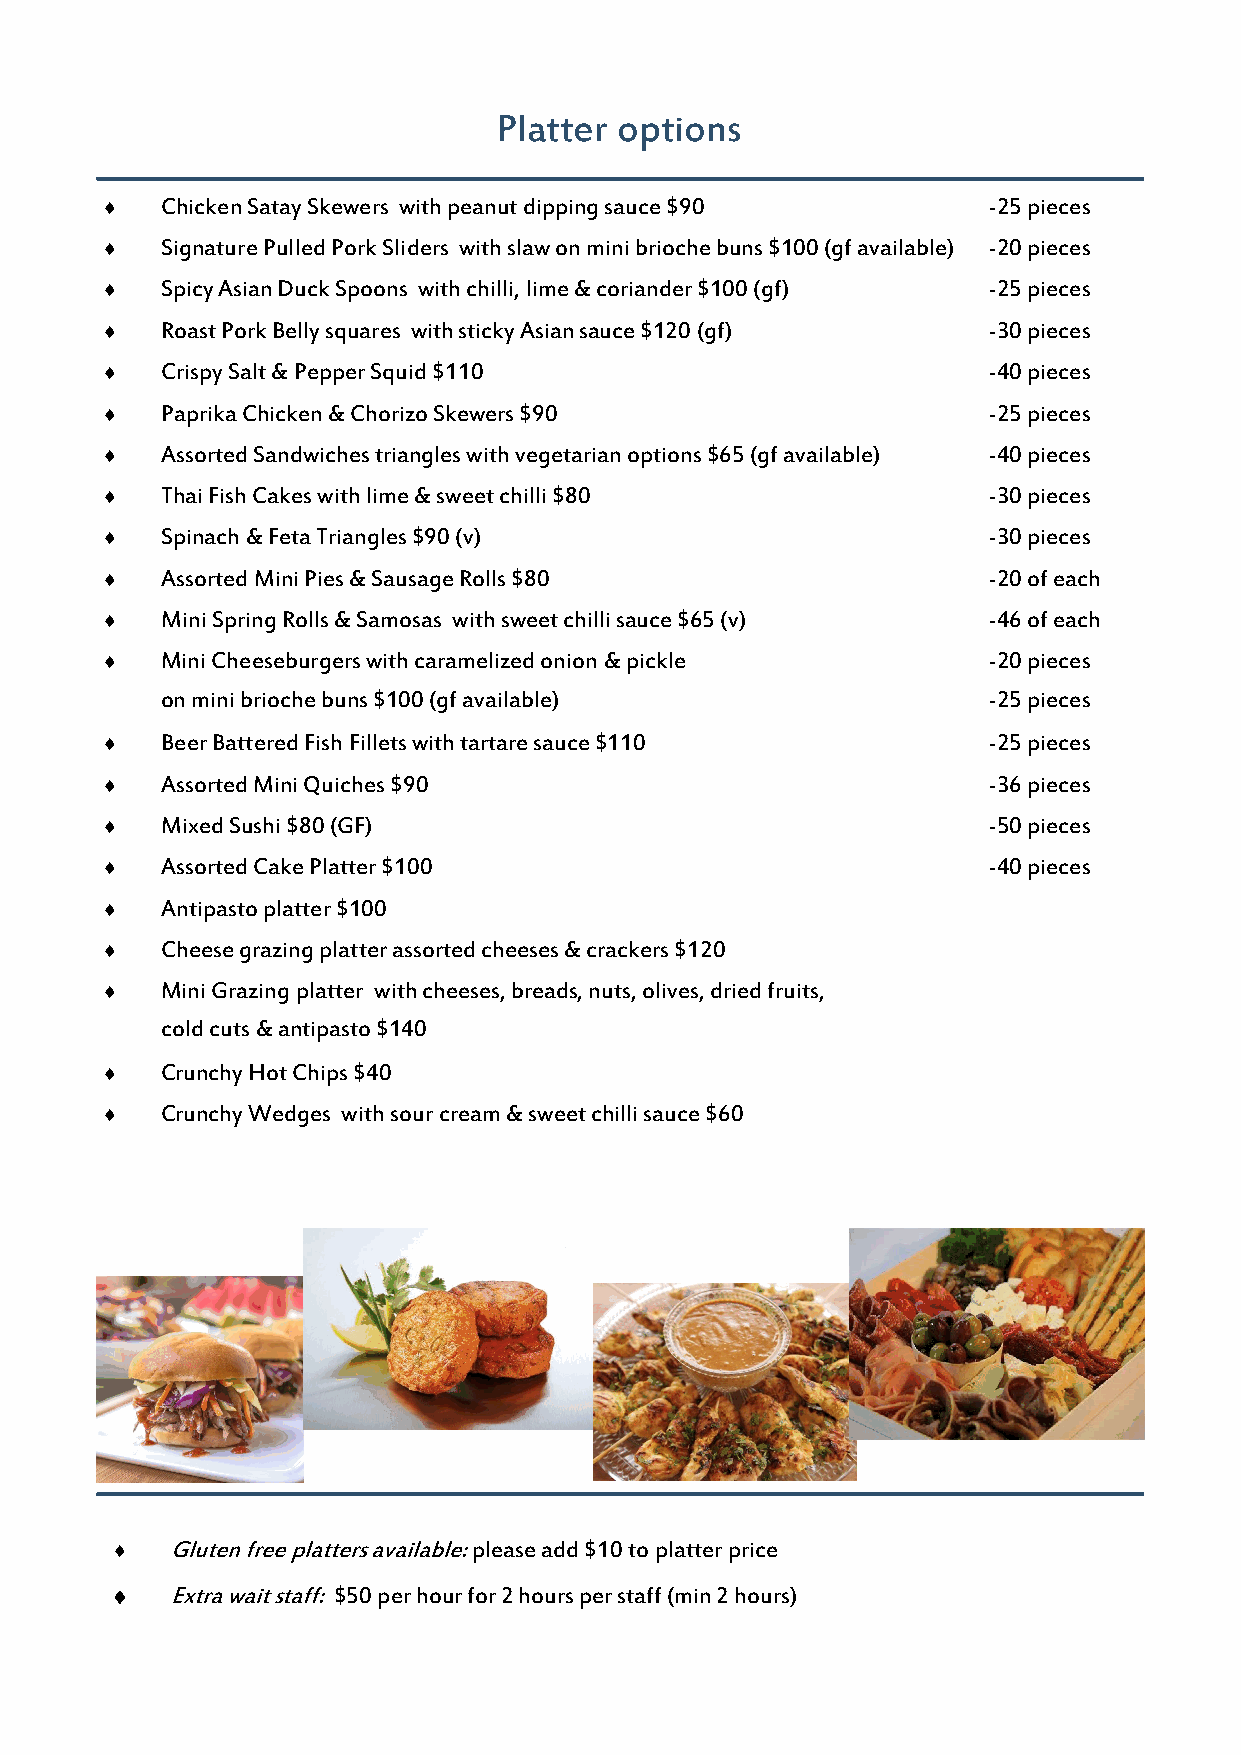
Platter options
    Chicken Satay Skewers with peanut dipping sauce $90   -25 pieces
    Signature Pulled Pork Sliders with slaw on mini brioche buns $100 (gf available) -20 pieces
    Spicy Asian Duck Spoons with chilli, lime & coriander $100 (gf) -25 pieces
    Roast Pork Belly squares with sticky Asian sauce $120 (gf) -30 pieces
    Crispy Salt & Pepper Squid $110                       -40 pieces
    Paprika Chicken & Chorizo Skewers $90                 -25 pieces
    Assorted Sandwiches triangles with vegetarian options $65 (gf available) -40 pieces
    Thai Fish Cakes with lime & sweet chilli $80          -30 pieces
    Spinach & Feta Triangles $90 (v)                      -30 pieces
    Assorted Mini Pies & Sausage Rolls $80                -20 of each
    Mini Spring Rolls & Samosas with sweet chilli sauce $65 (v) -46 of each
    Mini Cheeseburgers with caramelized onion & pickle    -20 pieces
 on mini brioche buns $100 (gf available)              -25 pieces
    Beer Battered Fish Fillets with tartare sauce $110    -25 pieces
    Assorted Mini Quiches $90                             -36 pieces
    Mixed Sushi $80 (GF)                                  -50 pieces
    Assorted Cake Platter $100                            -40 pieces
    Antipasto platter $100
    Cheese grazing platter assorted cheeses & crackers $120
    Mini Grazing platter with cheeses, breads, nuts, olives, dried fruits,
 cold cuts & antipasto $140
    Crunchy Hot Chips $40
    Crunchy Wedges with sour cream & sweet chilli sauce $60
    Gluten free platters available: please add $10 to platter price
 Extra wait staff: $50 per hour for 2 hours per staff (min 2 hours)